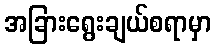
အခြားရွေးချယ်စရာမှာ